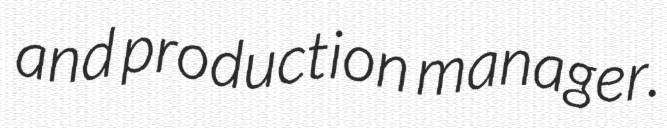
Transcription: and production manager.